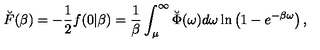
\breve { F } ( \beta ) = - \frac 1 2 f ( 0 | \beta ) = { \frac { 1 } { \beta } } \int _ { \mu } ^ { \infty } \breve { \Phi } ( \omega ) d \omega \ln \left( 1 - e ^ { - \beta \omega } \right) ,